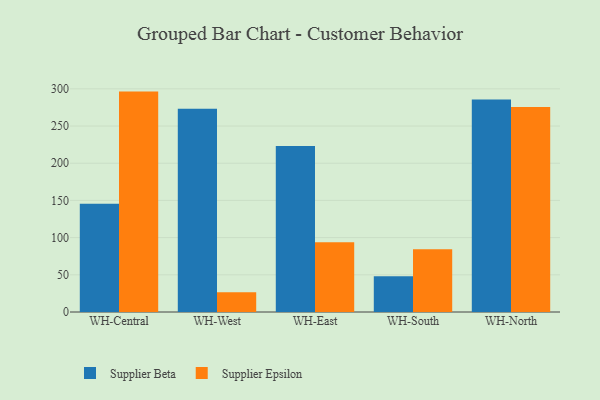
{"axis": {"x": "Warehouse", "y": "LTV (USD)"}, "legend": ["Supplier Beta", "Supplier Epsilon"], "data": [{"x": "WH-Central", "y": 145.6, "type": "Supplier Beta"}, {"x": "WH-Central", "y": 296.3, "type": "Supplier Epsilon"}, {"x": "WH-West", "y": 273.4, "type": "Supplier Beta"}, {"x": "WH-West", "y": 26.7, "type": "Supplier Epsilon"}, {"x": "WH-East", "y": 223.1, "type": "Supplier Beta"}, {"x": "WH-East", "y": 93.9, "type": "Supplier Epsilon"}, {"x": "WH-South", "y": 47.9, "type": "Supplier Beta"}, {"x": "WH-South", "y": 84.3, "type": "Supplier Epsilon"}, {"x": "WH-North", "y": 285.6, "type": "Supplier Beta"}, {"x": "WH-North", "y": 275.5, "type": "Supplier Epsilon"}]}